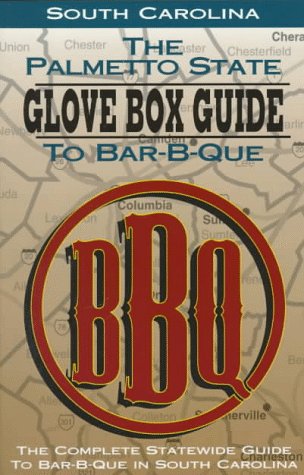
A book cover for The Palmetto State Glove Box Guide to Bar-B-Que: The Complete Statewide Guide to Bar-B-Que in South Carolina (Glovebox Guide to Barbecue Series); Bbq Digest; Travel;